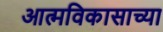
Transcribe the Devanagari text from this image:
आत्मविकासाच्या